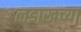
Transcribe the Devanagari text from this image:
लडाखच्या